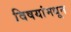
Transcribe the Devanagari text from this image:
विषयांमधून